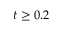
t \geq 0 . 2